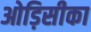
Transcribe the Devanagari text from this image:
ओड़िसीका